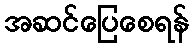
အဆင်ပြေစေရန်